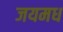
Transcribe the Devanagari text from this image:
जयमध